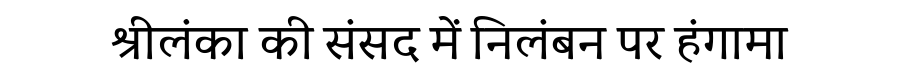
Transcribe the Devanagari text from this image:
श्रीलंका की संसद में निलंबन पर हंगामा